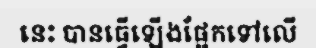
នេះ បានធ្វើឡើងផ្អែកទៅលើ